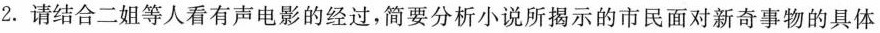
2.请结合二姐等人看有声电影的经过，简要分析小说所揭示的市民面对新奇事物的具体